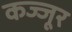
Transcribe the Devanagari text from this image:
कज्जूर